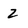
Character: 2